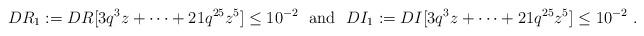
LaTeX: \begin{align*}DR_1:=DR[3q^3z+\cdots +21q^{25}z^5]\leq 10^{-2}~~{\rm and}~~DI_1:=DI[3q^3z+\cdots +21q^{25}z^5]\leq 10^{-2}~.\end{align*}